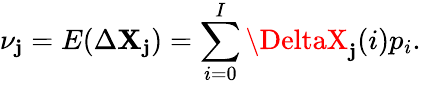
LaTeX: \nu_{\mathbf{j}}=E(\Delta\mathbf{{X}}_{\mathbf{j}})=\sum_{i=0}^{I}\DeltaX_{\mathbf{j}}(i)p_{i}.